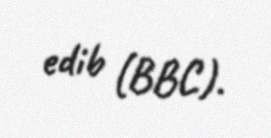
edib (BBC).